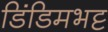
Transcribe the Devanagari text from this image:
डिंडिमभट्ट